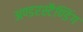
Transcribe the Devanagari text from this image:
अण्डरस्टैण्डिंग